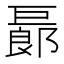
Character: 𢀨